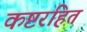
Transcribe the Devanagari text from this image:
कष्टरहित